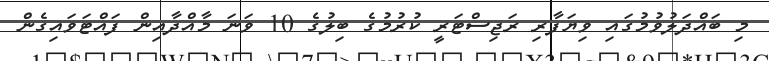
މި ބައްދަލުވުމުގައި ވިޔަފާރި ރަޖިސްޓަރީ ކުރުމުގެ ބިލުގެ 10 ވަނަ މާއްދާއިން ފައްޓަވައިގެން